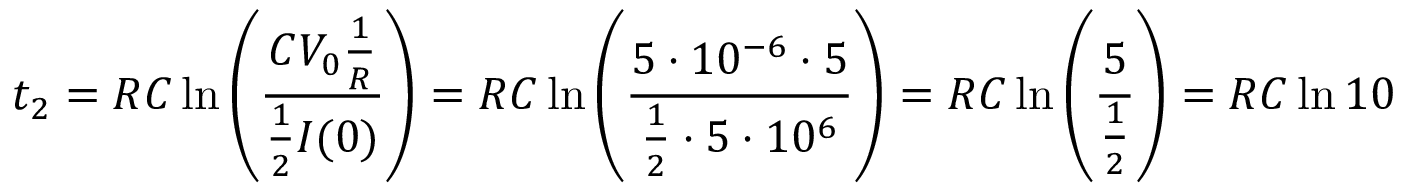
t _ { 2 } = R C \ln \left( \frac { C V _ { 0 } \frac { 1 } { R } } { \frac { 1 } { 2 } I ( 0 ) } \right) = R C \ln \left( \frac { 5 \cdot 1 0 ^ { - 6 } \cdot 5 } { \frac { 1 } { 2 } \cdot 5 \cdot 1 0 ^ { 6 } } \right) = R C \ln \left( \frac { 5 } { \frac { 1 } { 2 } } \right) = R C \ln 1 0